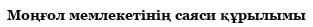
Моңғол мемлекетінің саяси құрылымы